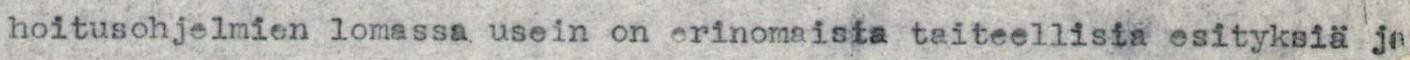
hoitusohjelmien lomassa usein on erinomaisia taiteellisia esityksiä ja